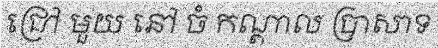
ជ្រៅ មួយ នៅ ចំ កណ្តាល ប្រាសាទ